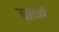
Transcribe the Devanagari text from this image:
बाष्कळ